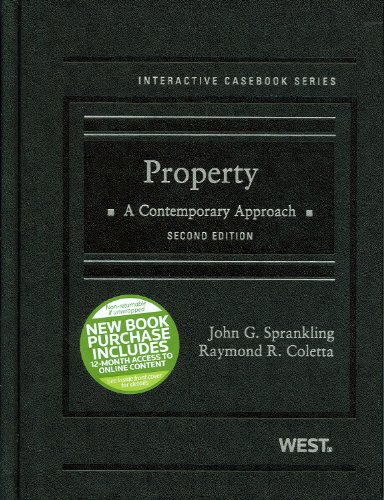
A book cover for Property: A Contemporary Approach (Interactive Casebook Series); John Sprankling; Law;